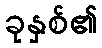
ခုနှစ်၏